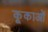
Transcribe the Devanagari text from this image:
कूकाओं